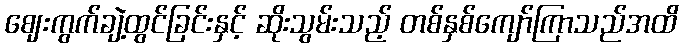
ဈေးကွက်ချဲ့ထွင်ခြင်းနှင့် ဆိုးသွမ်းသည့် တစ်နှစ်ကျော်ကြာသည်အထိ